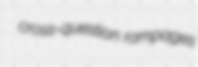
cross-question rampages